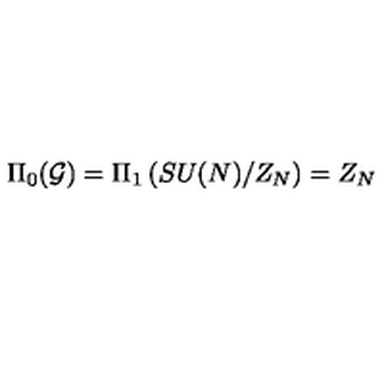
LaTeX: \Pi _ { 0 } ( { \cal G } ) = \Pi _ { 1 } \left( S U ( N ) / Z _ { N } \right) = Z _ { N }